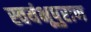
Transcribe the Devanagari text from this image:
स्वयंभूपुराण